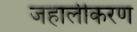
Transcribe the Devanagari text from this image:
जहालीकरण